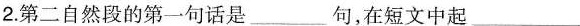
2.第二自然段的第一句话是___句，在短文中起___